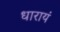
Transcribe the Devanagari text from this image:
धारायं